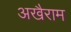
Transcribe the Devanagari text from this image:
अखैराम